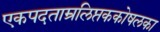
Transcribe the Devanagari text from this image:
एकपदताम्रलिप्तककोषलका